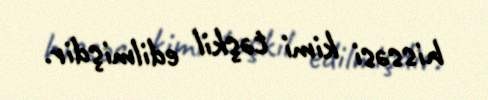
hissəsi kimi təşkil edilmişdir.